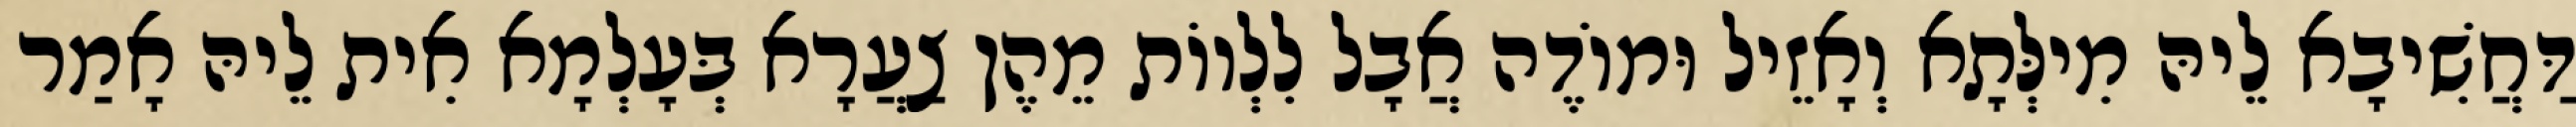
דַּחֲשִׁיבָא לֵיהּ מִילְּתָא וְאָזֵיל וּמוֹדֶה אֲבָל לִלְווֹת מֵהֶן צַעֲרָא בְּעָלְמָא אִית לֵיהּ אָמַר